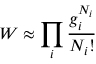
W \approx \prod _ { i } { \frac { g _ { i } ^ { N _ { i } } } { N _ { i } ! } }